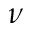
\nu